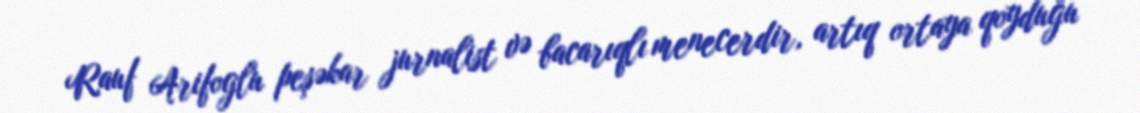
Rauf Arifoglu peşəkar jurnalist və bacarıqlı menecerdir, artıq ortaya qoyduğu